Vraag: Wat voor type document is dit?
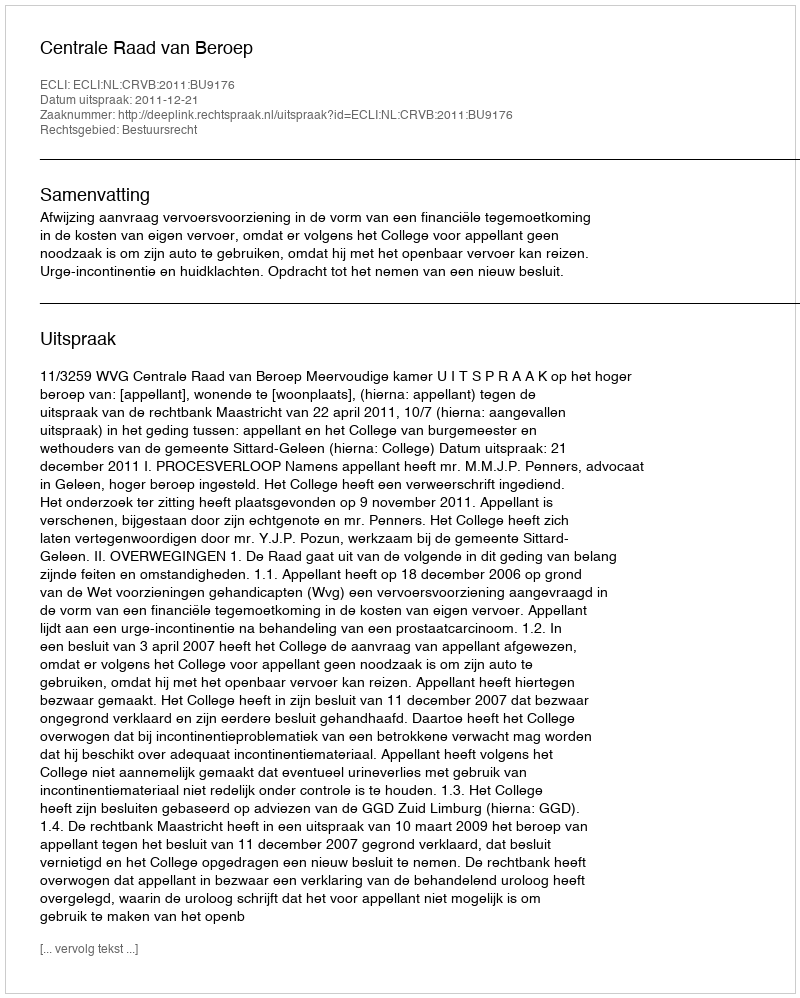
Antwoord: Uitspraak